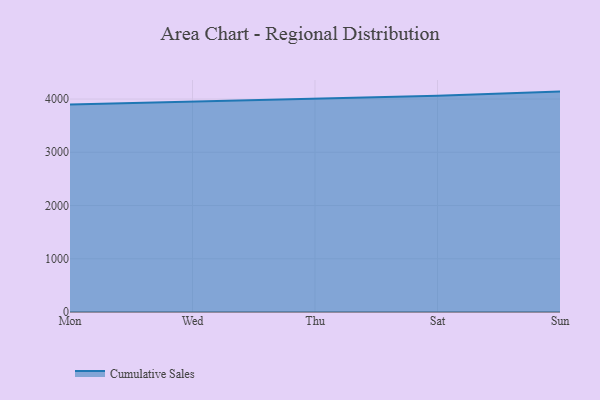
{"axis": {"x": "Day", "y": "Bounce Rate (%)"}, "legend": ["Cumulative Sales"], "data": [{"x": "Mon", "y": 3899.5, "type": "Cumulative Sales"}, {"x": "Wed", "y": 3950.1, "type": "Cumulative Sales"}, {"x": "Thu", "y": 4010.4, "type": "Cumulative Sales"}, {"x": "Sat", "y": 4060.3, "type": "Cumulative Sales"}, {"x": "Sun", "y": 4140.0, "type": "Cumulative Sales"}]}